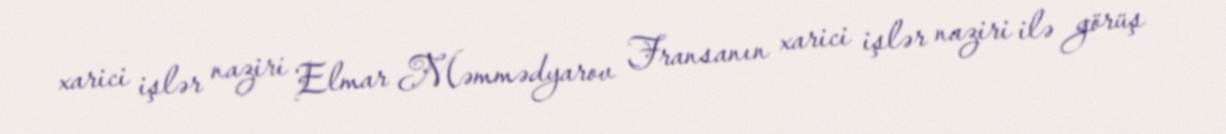
xarici işlər naziri Elmar Məmmədyarov Fransanın xarici işlər naziri ilə görüş